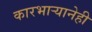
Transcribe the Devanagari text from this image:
कारभार्‍यानेही